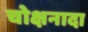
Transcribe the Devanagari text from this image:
चोक्षनादा